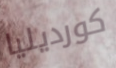
كورديليا